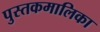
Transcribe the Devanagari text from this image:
पुस्तकमालिका